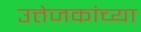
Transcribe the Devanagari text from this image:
उत्तेजकांच्या